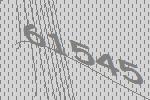
61545